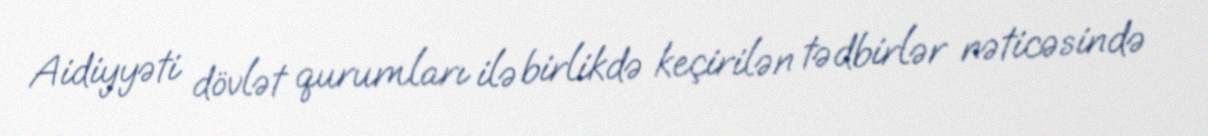
Aidiyyəti dövlət qurumları ilə birlikdə keçirilən tədbirlər nəticəsində